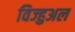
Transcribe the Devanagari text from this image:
विज्हुअल